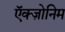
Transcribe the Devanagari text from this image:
ऍक्ज़ोनिम